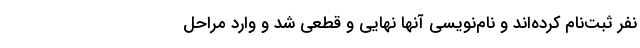
نفر ثبت‌نام کرده‌اند و نام‌نویسی آنها نهایی و قطعی شد و وارد مراحل